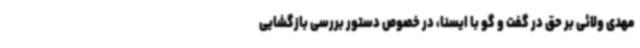
مهدی ولائی بر حق در گفت و گو با ایسنا، در خصوص دستور بررسی بازگشایی